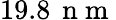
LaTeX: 19.8\, \mathrm{~n~m~}